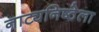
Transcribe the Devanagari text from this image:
नाट्यनिष्ठेला